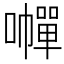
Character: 𡃐